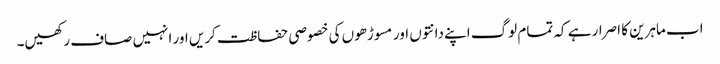
اب ماہرین کا اصرار ہے کہ تمام لوگ اپنے دانتوں اور مسوڑھوں کی خصوصی حفاظت کریں اور انہیں صاف رکھیں۔